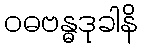
ဝဓဗန္ဓဒုခါနိ